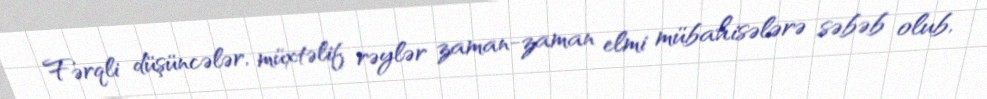
Fərqli düşüncələr, müxtəlif rəylər zaman-zaman elmi mübahisələrə səbəb olub,